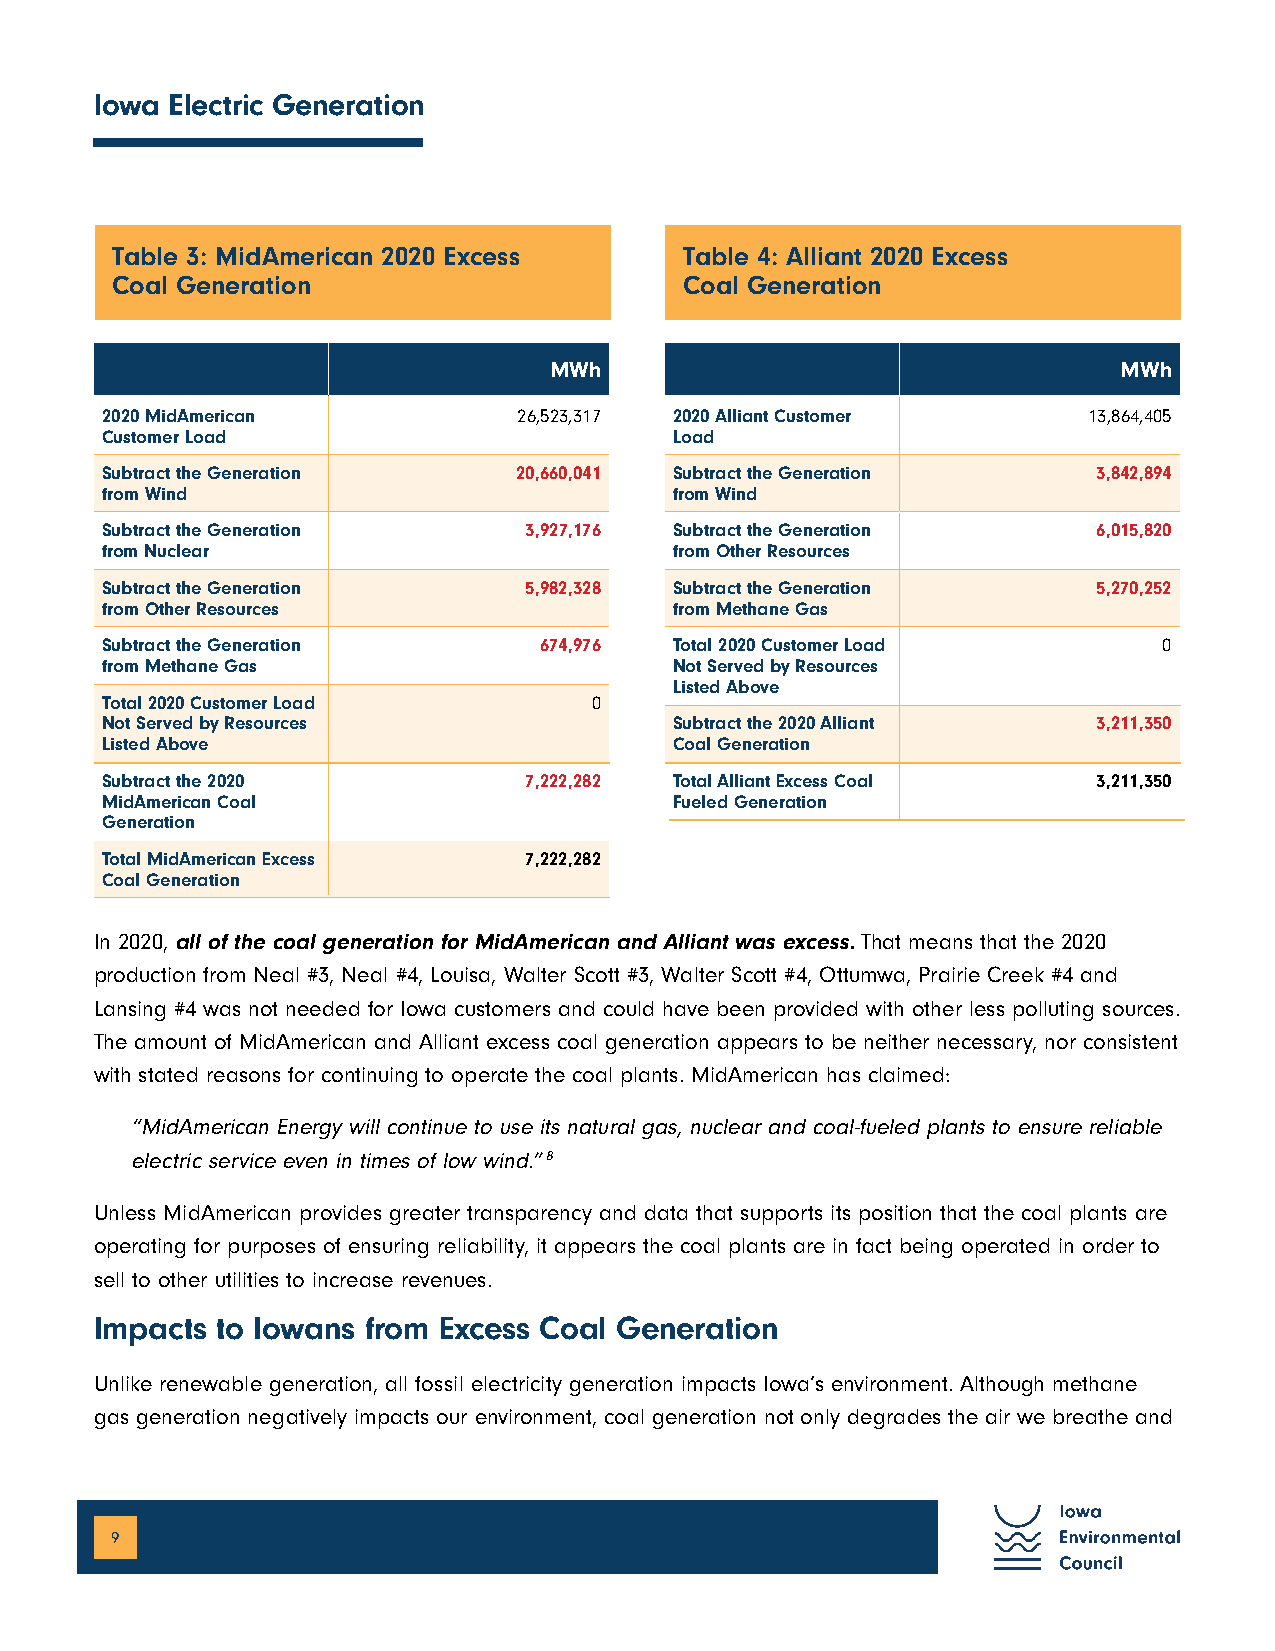
Iowa Electric Generation
 Table 3: MidAmerican 2020 Excess      Table 4: Alliant 2020 Excess
 Coal Generation                       Coal Generation
 MWh                                   MWh
 2020 MidAmerican           26,523,317 2020 Alliant Customer      13,864,405
 Customer Load                         Load
 Subtract the Generation    20,660,041 Subtract the Generation     3,842,894
 from Wind                             from Wind
 Subtract the Generation     3,927,176 Subtract the Generation     6,015,820
 from Nuclear                          from Other Resources
 Subtract the Generation     5,982,328 Subtract the Generation     5,270,252
 from Other Resources                  from Methane Gas
 Subtract the Generation      674,976  Total 2020 Customer Load        0
 from Methane Gas                      Not Served by Resources
 Listed Above
 Total 2020 Customer Load        0
 Not Served by Resources               Subtract the 2020 Alliant   3,211,350
 Listed Above                          Coal Generation
 Subtract the 2020           7,222,282 Total Alliant Excess Coal   3,211,350
 MidAmerican Coal                      Fueled Generation
 Generation
 Total MidAmerican Excess    7,222,282
 Coal Generation
 In 2020, all of the coal generation for MidAmerican and Alliant was excess. That means that the 2020
 production from Neal #3, Neal #4, Louisa, Walter Scott #3, Walter Scott #4, Ottumwa, Prairie Creek #4 and
 Lansing #4 was not needed for Iowa customers and could have been provided with other less polluting sources.
 The amount of MidAmerican and Alliant excess coal generation appears to be neither necessary, nor consistent
 with stated reasons for continuing to operate the coal plants. MidAmerican has claimed:
 “MidAmerican Energy will continue to use its natural gas, nuclear and coal-fueled plants to ensure reliable
 electric service even in times of low wind.” 8
 Unless MidAmerican provides greater transparency and data that supports its position that the coal plants are
 operating for purposes of ensuring reliability, it appears the coal plants are in fact being operated in order to
 sell to other utilities to increase revenues.
 Impacts to Iowans from Excess Coal Generation
 Unlike renewable generation, all fossil electricity generation impacts Iowa’s environment. Although methane
 gas generation negatively impacts our environment, coal generation not only degrades the air we breathe and
 9